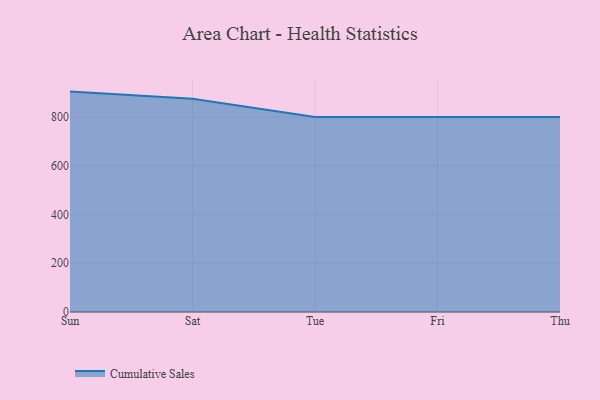
{"axis": {"x": "Day", "y": "Conversion Rate (%)"}, "legend": ["Cumulative Sales"], "data": [{"x": "Sun", "y": 904.1, "type": "Cumulative Sales"}, {"x": "Sat", "y": 874.7, "type": "Cumulative Sales"}, {"x": "Tue", "y": 800, "type": "Cumulative Sales"}, {"x": "Fri", "y": 800, "type": "Cumulative Sales"}, {"x": "Thu", "y": 800, "type": "Cumulative Sales"}]}